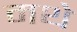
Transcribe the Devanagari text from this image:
मथे